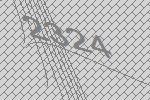
2324